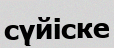
сүйіске